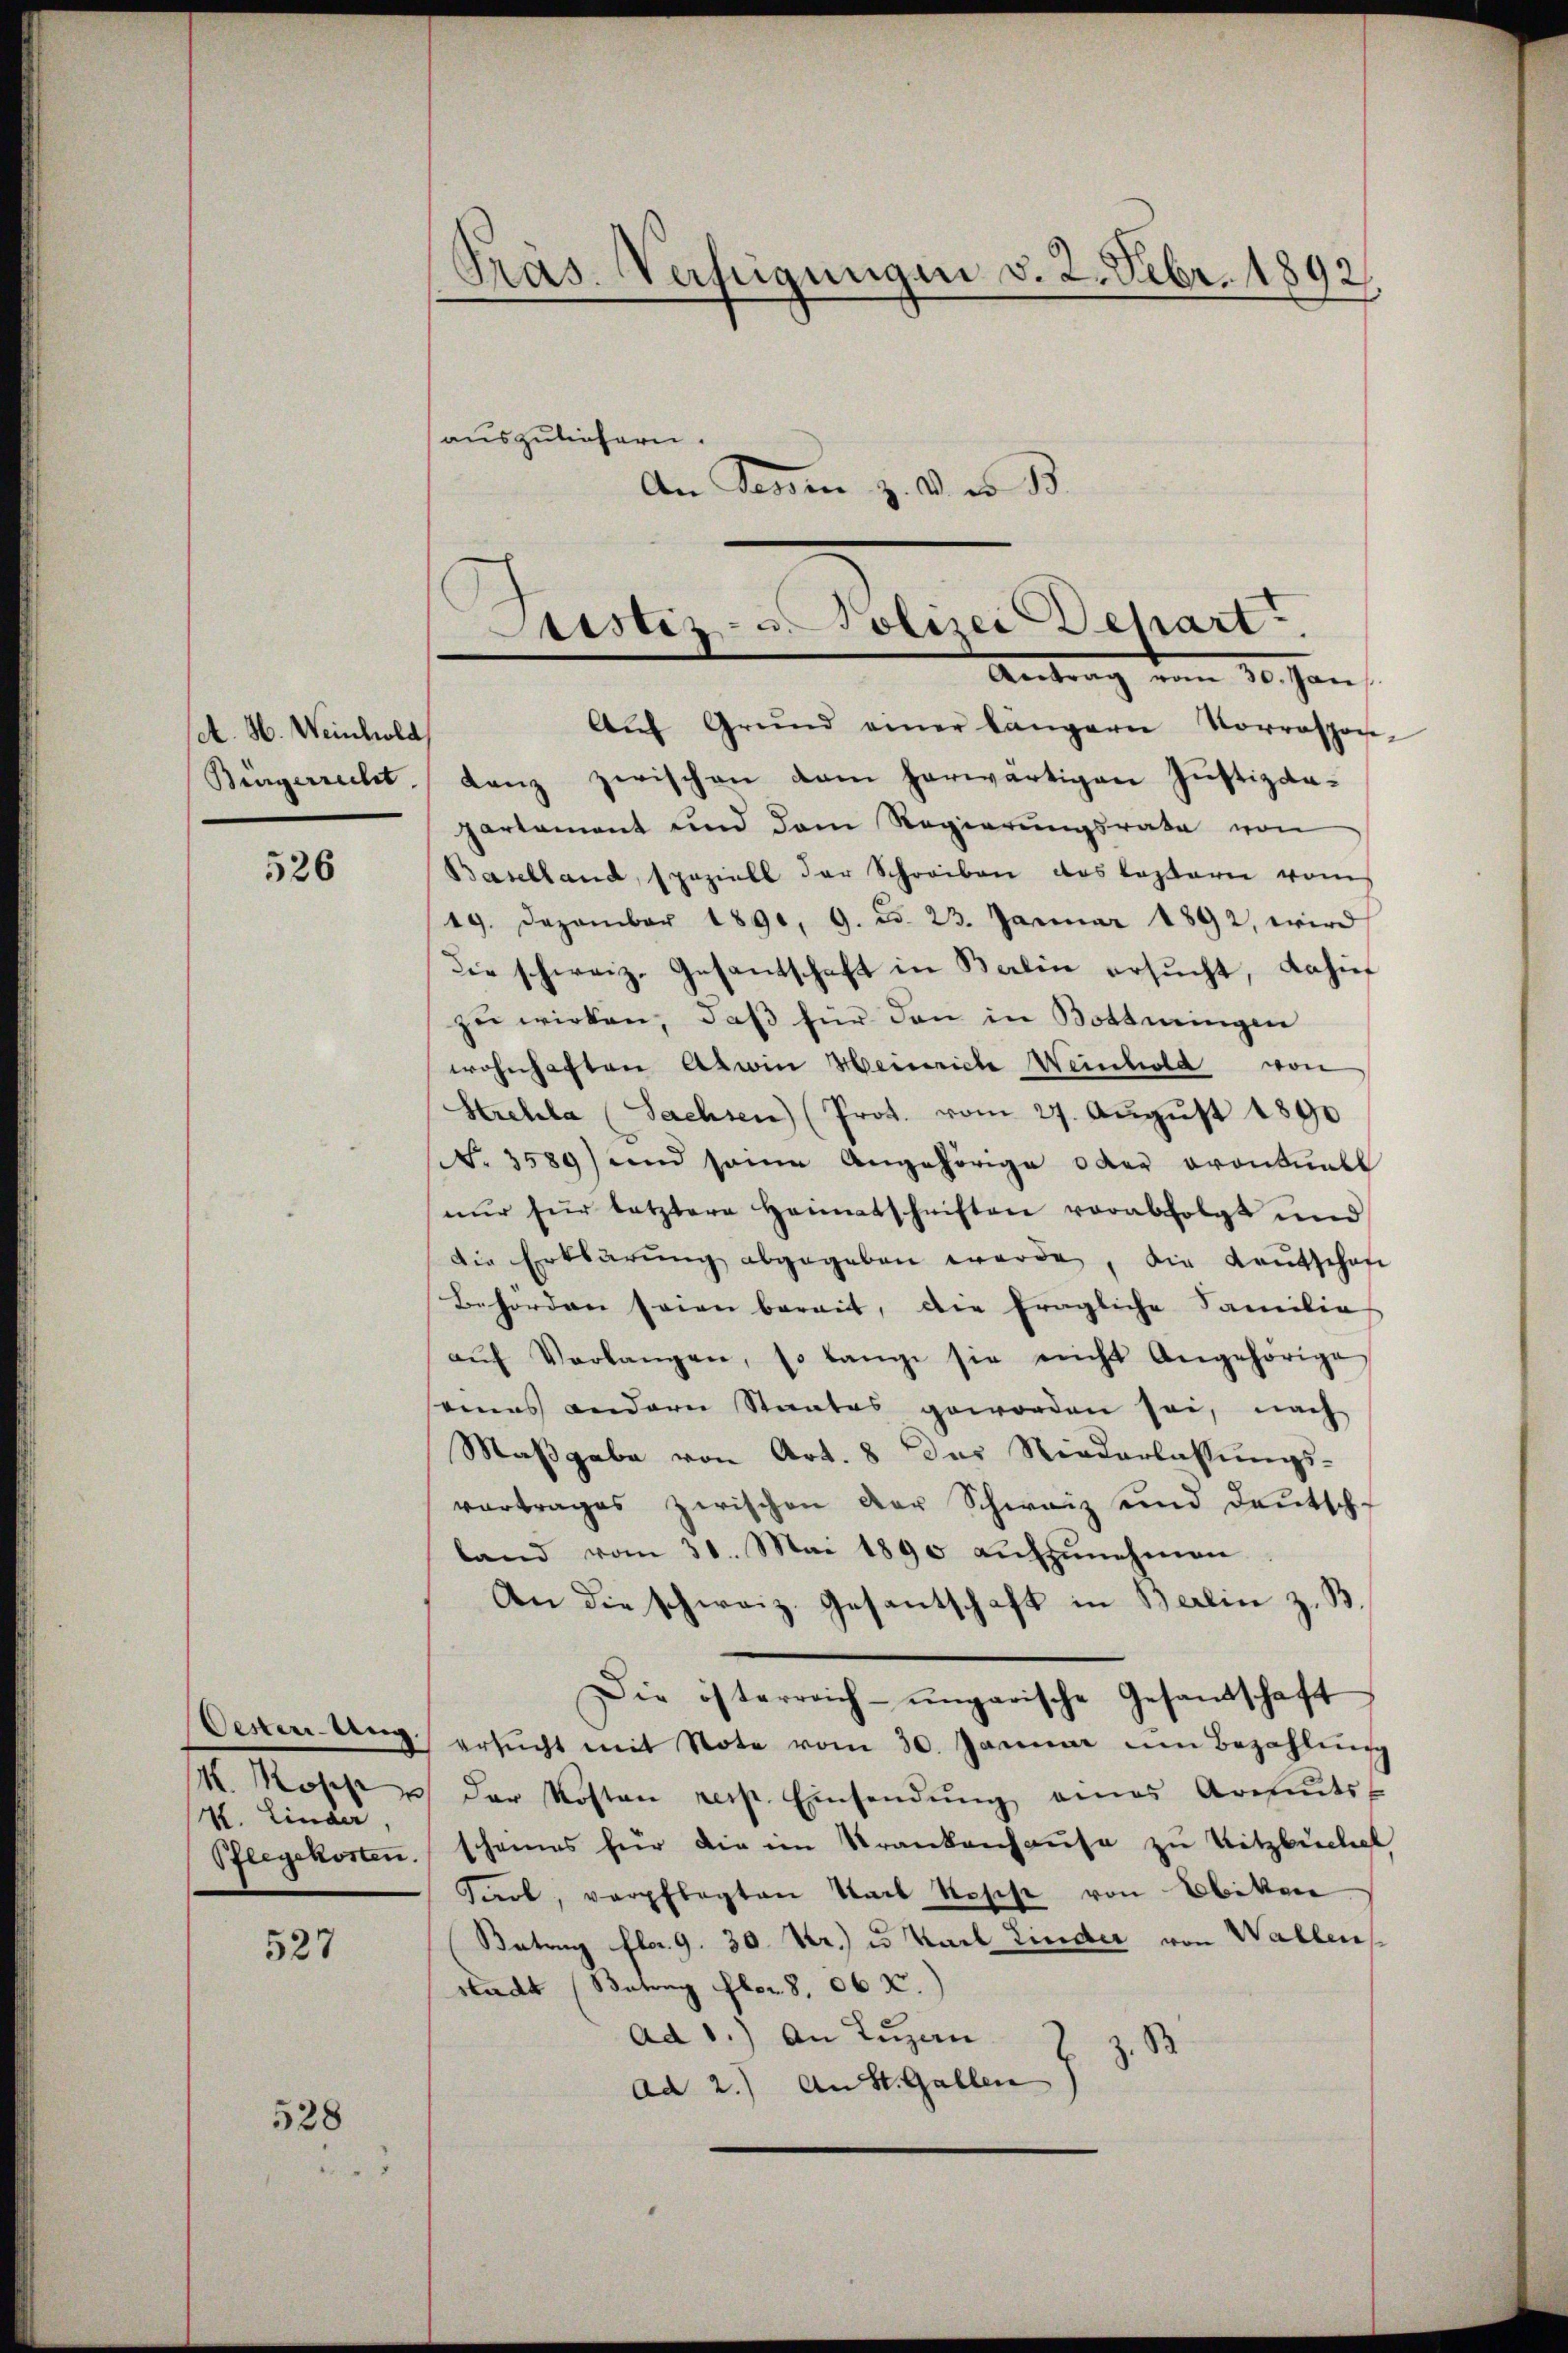
A. H. Weinhold
Burgerrecht

526

Oesterung.
V. Linder,
Pflegekosten.

527

528

An Tessin z. B. er B.

Präs. Verfügungen v. 2. Febr. 1892.
auszuliefern.

Justiz- u. Polizei Dehart
Antrag vom 10. Jan

Aŭf Grŭnd einer längern Vorrespon-
Lanz zwischen vom herwärtigen Justizdapartement und dem Regierŭngsrate von
Baselland, speziell der Schreiben das leztern vom
19. Dezember 1890. 9. d. 23. Januar 1892, wird
die schweiz. Gesandschaft in Berlin ersucht, dahin
zu wirken, daß für den in Bottmingen
wohnhaften Abwin Heinriche Weinhold von
Strehla (Sachsen (Prot. vom 27. Aŭgŭst 1890
No 3589) und seine Angehörige oder Frontuell
nŭr für letztere Heimatschriften verabfolgt und
die Erklärŭng abgegeben werde, die Kautschaf
Behörden seien bereit, die fragliche Familie
aŭf Verlangen, so lange sie nicht Angehörige
seines andern Staates geworden sei, nach
Maßgabe von Art. 8 des Niederlassungs-
vortrages zwischen der Schweiz und deutsch-
land vom 30. Mai 1890 aŭfzŭnehmen
An die schweiz. Gesantschaft in Berlin z. B.
Die österreich- ungarische Gesandschaft
ersŭcht mit Note vom 30. Januar im Bezahlŭng
1. Koses u der Kosten resp. Einsendŭng eines Armuts-
scheines für die im Krankenhause zu Witzbüchel
Farl, verpflegten Stadt Rosse von Ebikon
Betrag fl. 9. 30. Kr.) es Karl Linder von Wallens
stadt (Betrag Flor 8, 06 X.)
ad 1.) An Lugan
B
ad 2.) An St. Gallen